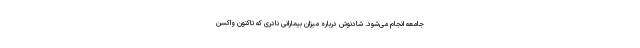
جامعه انجام می‌شود. شادنوش درباره میزان بیمارانی نادری که تاکنون واکسن